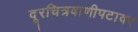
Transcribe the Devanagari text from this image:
दूरचित्रवाणीपटावर